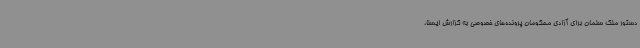
دستور ملک سلمان برای آزادی محکومان پرونده‌های خصوصی به گزارش ایسنا،